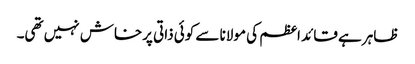
ظاہر ہے قائد اعظم کی مولانا سے کوئی ذاتی پرخاش نہیں تھی۔